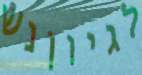
לגיוןנש